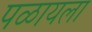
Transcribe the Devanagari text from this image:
पळायला